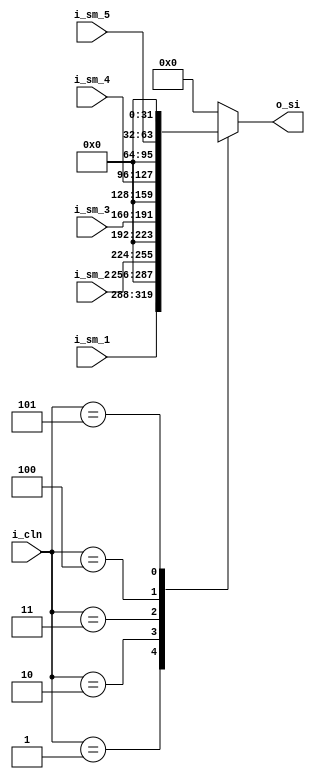
module intercpu_sm_mux(i_cln, i_sm_1, i_sm_2, 
`ifndef CRAY_XMP_1 
								i_sm_3, 
`ifndef CRAY_XMP_2
								i_sm_4, 
`ifndef CRAY_XMP_3 
								i_sm_5, 
`endif // not CRAY_XMP_3
`endif // not CRAY_XMP_2
`endif // not CRAY_XMP_1
								o_si);

input wire [2:0] i_cln;
input wire [31:0] i_sm_1, i_sm_2;
`ifndef CRAY_XMP_1 
input wire [31:0] i_sm_3;
`ifndef CRAY_XMP_2 
input wire [31:0] i_sm_4;
`ifndef CRAY_XMP_3 
input wire [31:0] i_sm_5;
`endif // not CRAY_XMP_3
`endif // not CRAY_XMP_2
`endif // not CRAY_XMP_1
output reg [63:0] o_si;

always@*
   begin
	   case(i_cln)
			3'h0:o_si = 64'b0;
			3'h1:o_si = {i_sm_1[31:0],32'b0};
			3'h2:o_si = {i_sm_2[31:0],32'b0};
`ifndef CRAY_XMP_1 
			3'h3:o_si = {i_sm_3[31:0],32'b0};
`ifndef CRAY_XMP_2
			3'h4:o_si = {i_sm_4[31:0],32'b0};
`ifndef CRAY_XMP_3 
			3'h5:o_si = {i_sm_5[31:0],32'b0};
`endif // not CRAY_XMP_3
`endif // not CRAY_XMP_2
`endif // not CRAY_XMP_1
			default:o_si = 64'b0;
		endcase
	end

endmodule